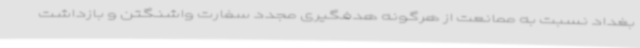
بغداد نسبت به ممانعت از هرگونه هدفگیری مجدد سفارت واشنگتن و بازداشت